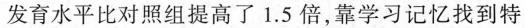
发育水平比对照组提高了1.5倍，靠学习记忆找到特